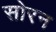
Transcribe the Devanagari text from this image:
सोरन